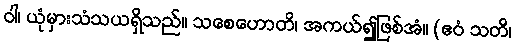
ဝါ၊ ယုံမှားသံသယရှိသည်။ သစေဟောတိ၊ အကယ်၍ဖြစ်အံ။ (ဧဝံ သတိ၊